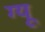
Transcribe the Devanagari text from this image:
ग्यू